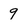
Character: 9